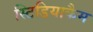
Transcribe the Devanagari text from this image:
स्टिडियाकैम